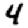
Digit: 4